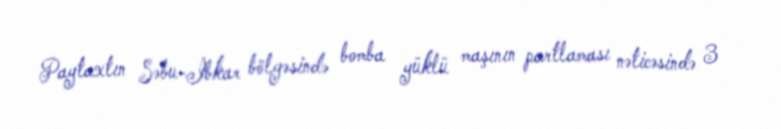
Paytaxtın Səbu-İbkar bölgəsində bomba yüklü maşının partlaması nəticəsində 3